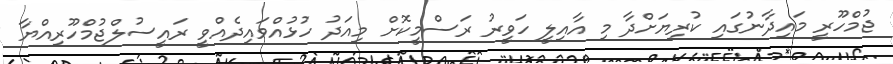
ޖުމްހޫރީ މައިދާނުގައި ކުރިޔަށްދާ މި އާއިލީ ހަވީރު ރަސްމީކޮށް މިއަދު ހުޅުއްވައިދެއްވީ ރައީސުލްޖުމްހޫރިއްޔާ